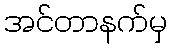
အင်တာနက်မှ